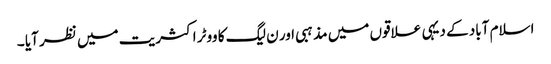
اسلام آباد کے دیہی علاقوں میں مذہبی اور ن لیگ کا ووٹر اکثریت میں نظر آیا ۔